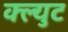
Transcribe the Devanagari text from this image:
क्ल्युट